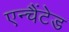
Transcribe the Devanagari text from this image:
एन्चैंटेड